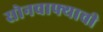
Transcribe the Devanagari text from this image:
सोनचाफ्याची